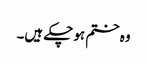
وہ ختم ہو چکے ہیں۔